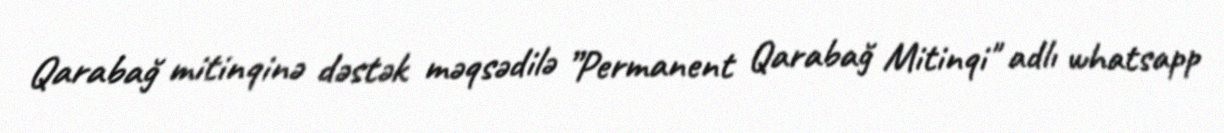
Qarabağ mitinqinə dəstək məqsədilə ”Permanent Qarabağ Mitinqi" adlı whatsapp